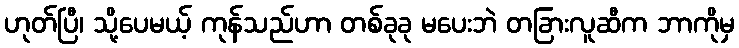
ဟုတ်ပြီ၊ သို့ပေမယ့် ကုန်သည်ဟာ တစ်ခုခု မပေးဘဲ တခြားလူဆီက ဘာကိုမှ